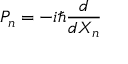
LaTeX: P _ { n } = - i \hbar { \frac { d } { d X _ { n } } }